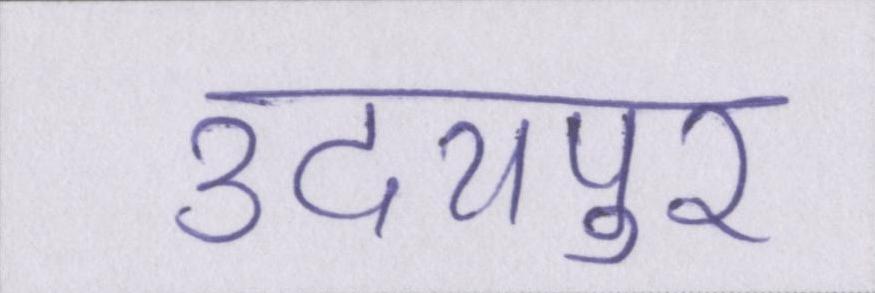
उदयपुर